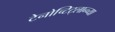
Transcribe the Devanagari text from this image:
टेनोच्टिट्लान्च्या